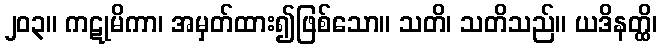
၂၀၃။ ကဋုမိကာ၊ အမှတ်ထား၍ဖြစ်သော။ သတိ၊ သတိသည်။ ယဒိနတ္ထိ၊